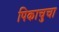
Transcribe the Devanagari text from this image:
पिकाचुचा